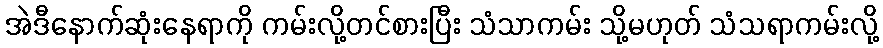
အဲဒီနောက်ဆုံးနေရာကို ကမ်းလို့တင်စားပြီး သံသာကမ်း သို့မဟုတ် သံသရာကမ်းလို့